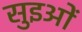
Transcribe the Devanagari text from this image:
सुइओं